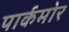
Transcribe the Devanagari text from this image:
पार्कमोर